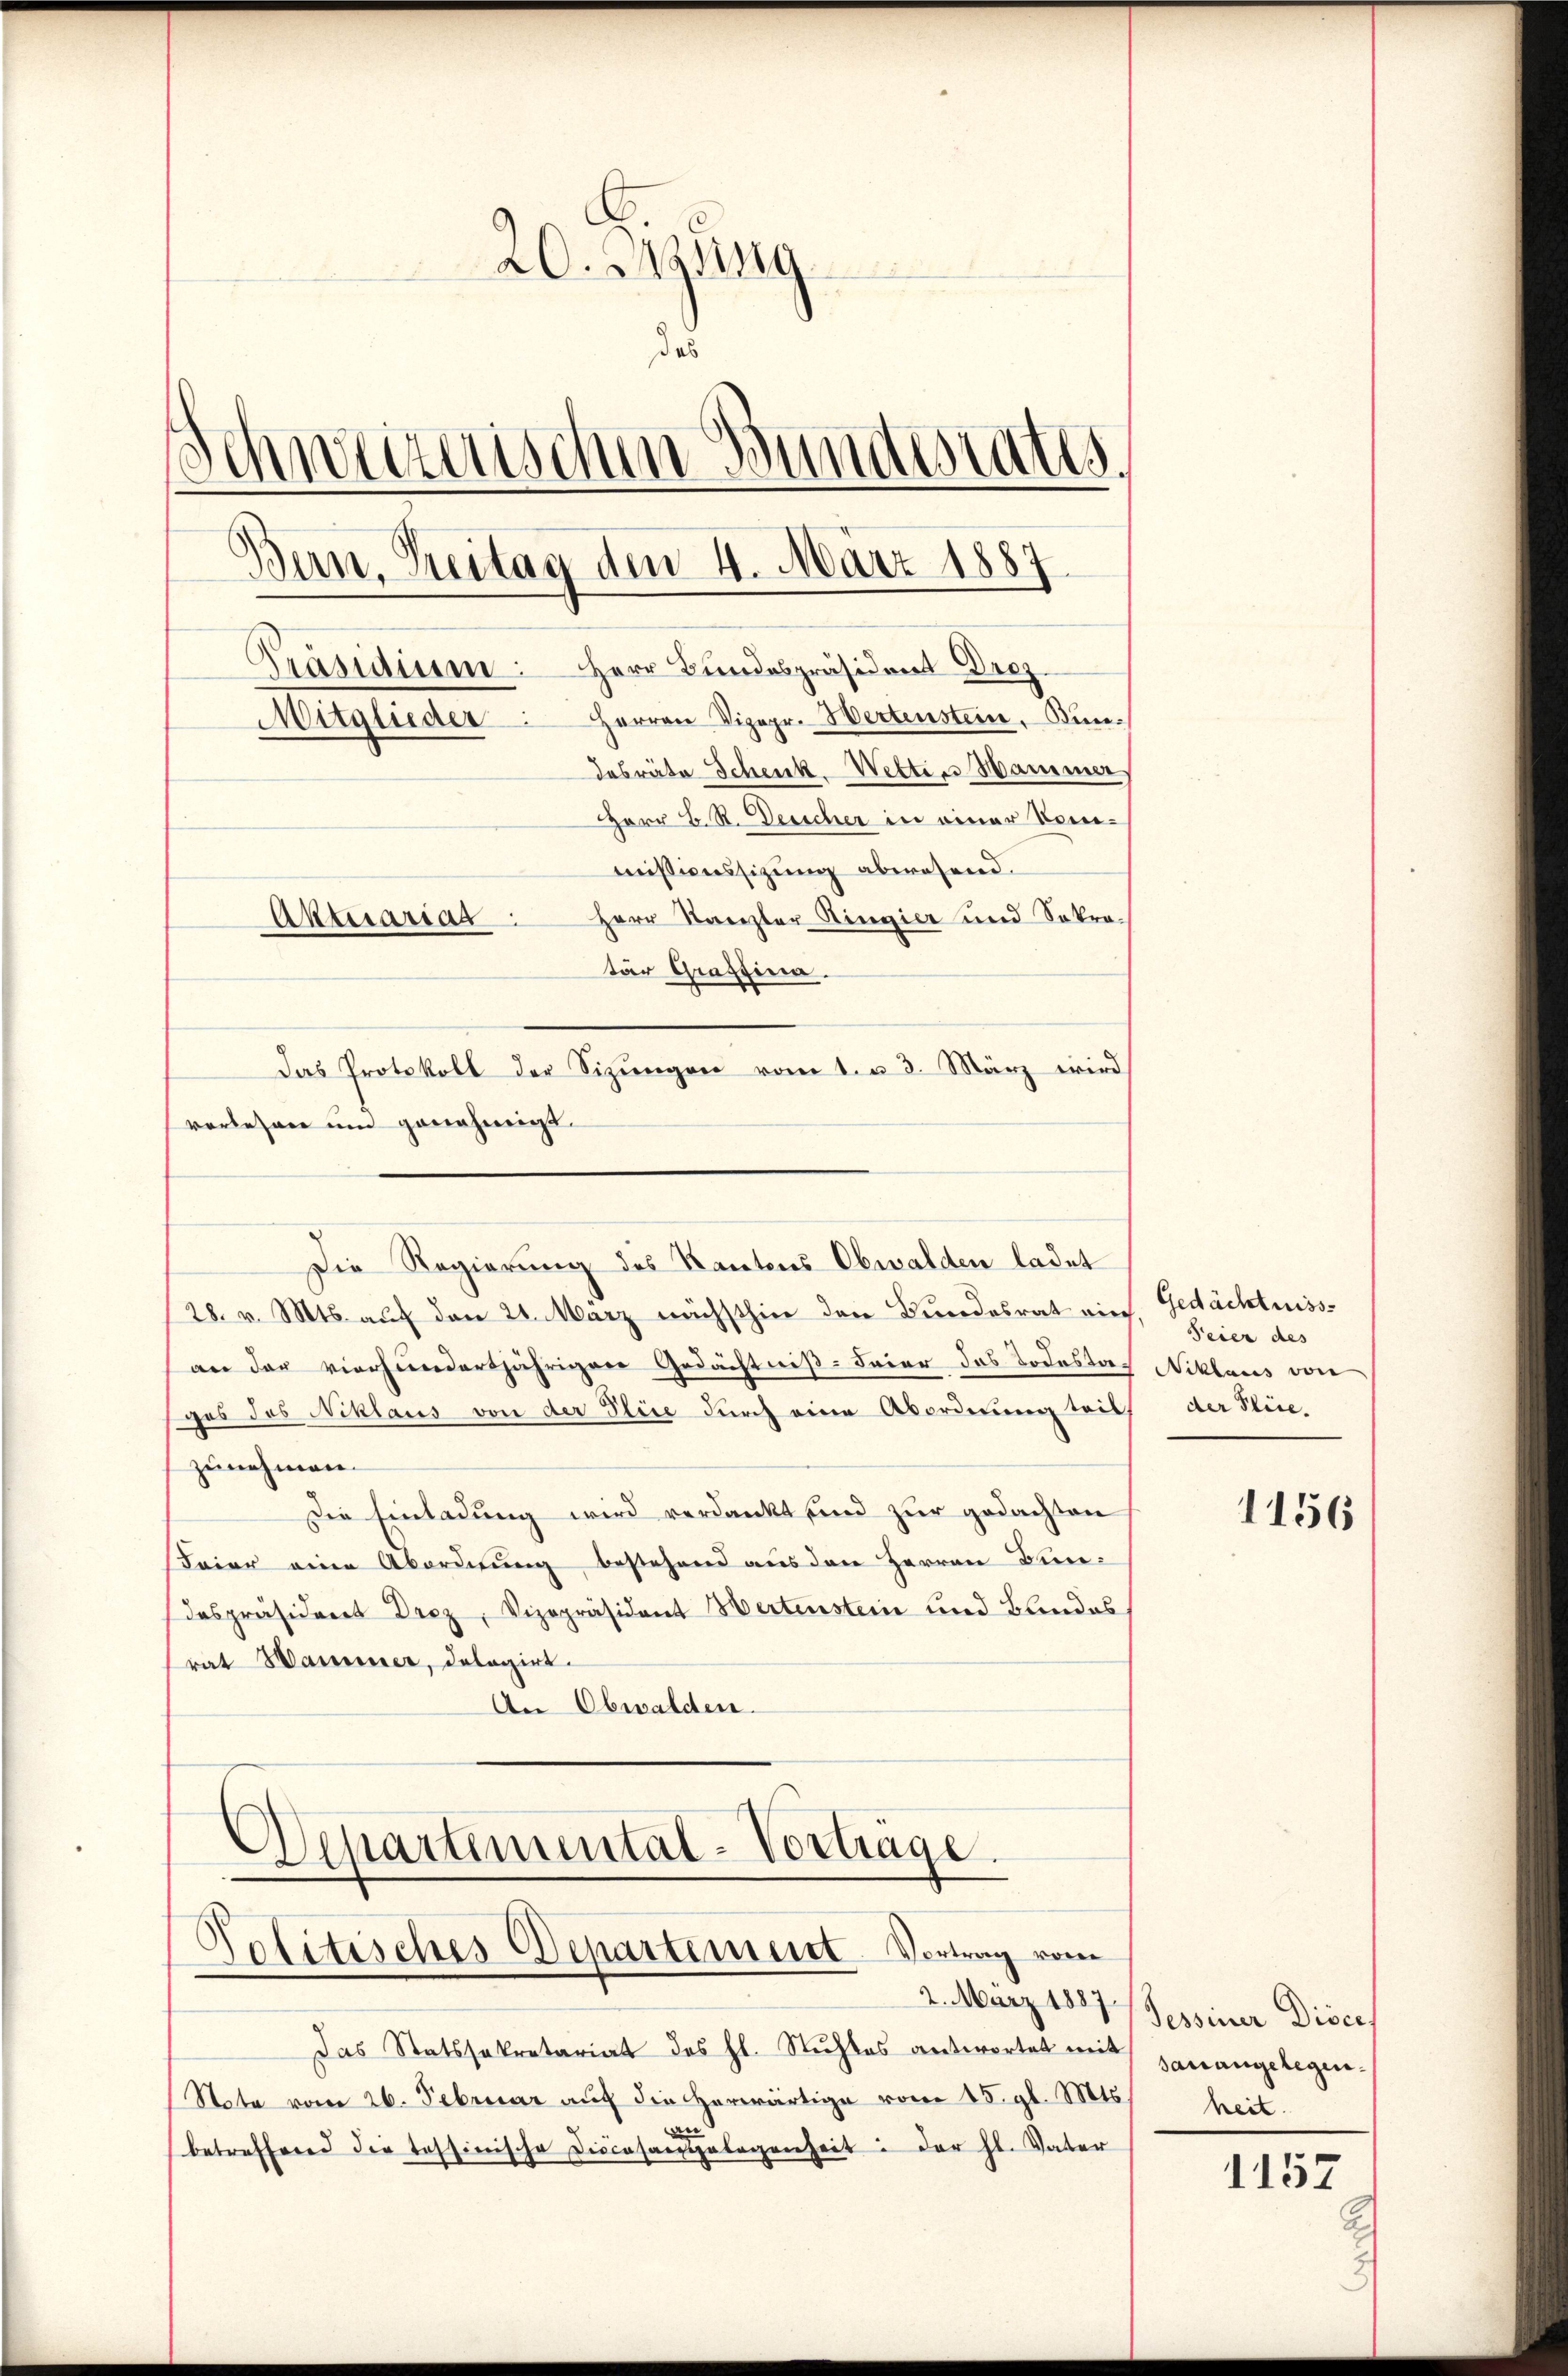
.
20. Jung
das
chmannischen d
aetatis
Bern, Breitag den 4. März 1887
Präsidium: Herr Bundespräsident Droz.
Mitglieder Herren Vizepr. Wertenstein. Bundesräte Schenk. Wettin Hammes
Herr B. R. Desscher in einer Venemissionssizung abwesend.
Aktuariat Herr Kanzler Ringier und Sokra-
ter Graffina
Das Protokoll der Sizŭngen vom 1. u 3. März wird

vorlesen und genehmigt.
Die Regierung des Kantons Obwalden ladet

28. v. Mts. auf den 24. März nächsthin den Bundesrat ein. Gedächtnissan der vierhundertjährigen Gedächtniß-Feier das Todestaf Niklaus von
ges des Niklaus von der Plice durch eine Abordnung tritt der Vice-
zunehmen.
Die Einladung wird verdankt sind zur gedachten
Feier eine Abordnung, bestehend aus den Herren Fundespräsident Drez, Vizepräsident Wertenstein und Bundes,
rat Hammer, dologirt.
An Obwalden.

Departemental-Vorträge.
Politisches Departement Vortrag vom
2. März 1887.

Feier des

Das Statssekretariat des hl. Stuhles antwortet mit sanangelegen-
Stota vom 26. Februar auf die herwärtige vom 15. gl. Mts.
an
betreffend die tessinische Discasangelegenheit: der hl. Vater

1156

Tessiner Disce
heit.
1157
E